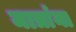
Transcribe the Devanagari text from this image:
मात्रांना